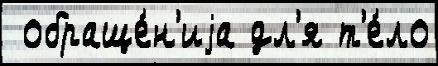
 обраще́н'иjа дл'я т'е́ло